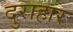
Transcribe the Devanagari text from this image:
दुराहार